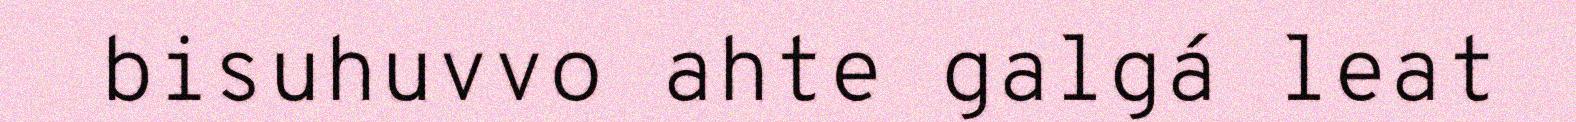
bisuhuvvo ahte galgá leat